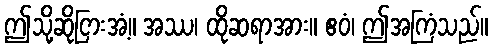
ဤသို့ဆိုငြားအံ့။ အဿ၊ ထိုဆရာအား။ ဧဝံ၊ ဤအကြံသည်။